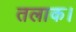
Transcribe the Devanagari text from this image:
तलाक।